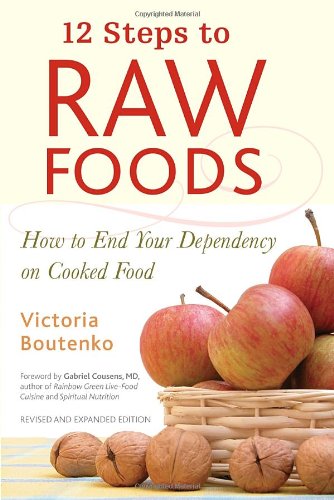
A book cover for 12 Steps to Raw Foods: How to End Your Dependency on Cooked Food; Victoria Boutenko; Cookbooks, Food & Wine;